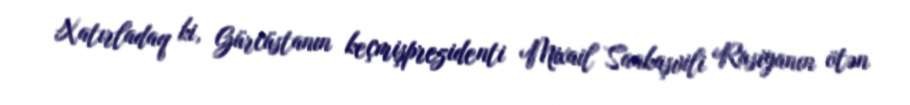
Xatırladaq ki, Gürcüstanın keçmişprezidenti Mixail Saakaşvili Rusiyanın ötən